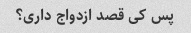
پس کی قصد ازدواج داری؟